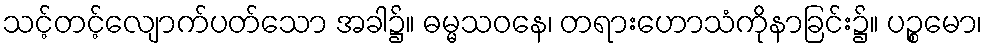
သင့်တင့်လျောက်ပတ်သော အခါ၌။ ဓမ္မသဝနေ၊ တရားဟောသံကိုနာခြင်း၌။ ပဉ္စမော၊